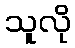
သူလို